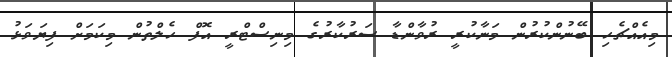
މިއެއްޗެހި ބޭނުންކުރުން މަނާކުރީ ރުވާންޑާ ސަރުކާރުގެ މިނިސްޓްރީ އޮފް ހެލްތުން މިކަމަށް ފިޔަވަޅު